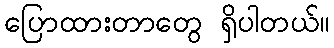
ပြောထားတာတွေ ရှိပါတယ်။